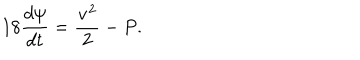
1 8 { \frac { d \psi } { d t } } = { \frac { { \bf v } ^ { 2 } } { 2 } } - P .